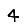
Digit: 4